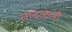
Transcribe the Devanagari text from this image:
तांदळांनी